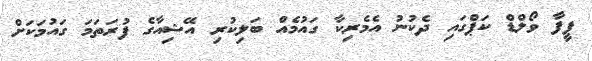
ފީފާ ވޯލްޑް ކަޕްގައި ދެކުނު އެމެރިކާ ގައުމެއް ބަލިކުރި އޭޝިއާގެ ފުރަތަމަ ގައުމަކަށް